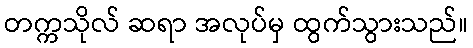
တက္ကသိုလ် ဆရာ အလုပ်မှ ထွက်သွားသည်။